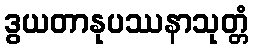
ဒွယတာနုပဿနာသုတ္တံ